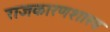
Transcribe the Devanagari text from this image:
राजकारणशास्त्र